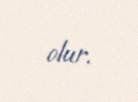
olur.